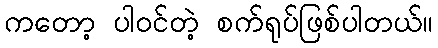
ကတော့ ပါဝင်တဲ့ စက်ရုပ်ဖြစ်ပါတယ်။